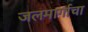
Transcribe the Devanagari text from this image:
जलमार्गाचा